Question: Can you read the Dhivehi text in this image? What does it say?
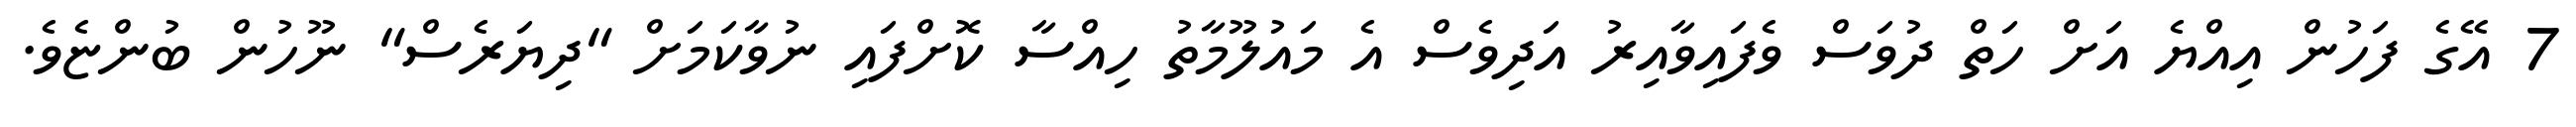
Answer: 7 އޭގެ ފަހުން އިއްޔެ އަށް ހަތް ދުވަސް ވެފައިވާއިރު އަދިވެސް އެ މައުލޫމާތު ހިއްސާ ކޮށްފައި ނުވާކަމަށް "ދިޔަރެސް" ނޫހުން ބުންޏެވެ.